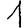
Digit: 1